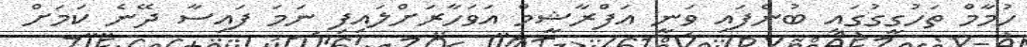
ހުމާމް ތަހުގީގުގައި ބުނެފައި ވަނީ އަފްރާޝީމް އަވަހާރަށްލައިފި ނަމަ ފައިސާ ދޭނެ ކަމަށް